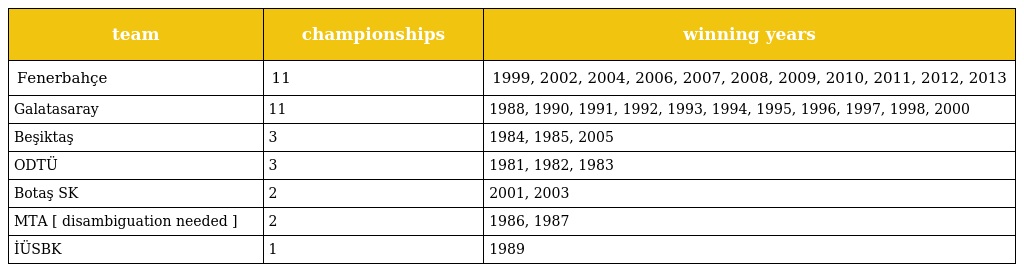
| team | championships | winning years |
 | --- | --- | --- |
 | Fenerbahçe | 11 | 1999, 2002, 2004, 2006, 2007, 2008, 2009, 2010, 2011, 2012, 2013 |
 | Galatasaray | 11 | 1988, 1990, 1991, 1992, 1993, 1994, 1995, 1996, 1997, 1998, 2000 |
 | Beşiktaş | 3 | 1984, 1985, 2005 |
 | ODTÜ | 3 | 1981, 1982, 1983 |
 | Botaş SK | 2 | 2001, 2003 |
 | MTA [ disambiguation needed ] | 2 | 1986, 1987 |
 | İÜSBK | 1 | 1989 |